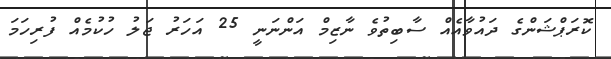
ކޮރަޕްޝަންގެ ދައުވާއެއް ސާބިތުވެ ނާޒިމް އަންނަނީ 25 އަހަރު ޖަލު ހުކުމެއް ފުރިހަމަ